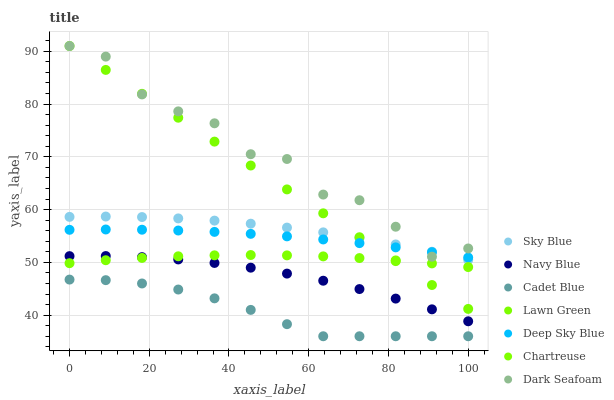
| xaxis_label | Sky Blue | Navy Blue | Cadet Blue | Lawn Green | Deep Sky Blue | Chartreuse | Dark Seafoam |
 | --- | --- | --- | --- | --- | --- | --- | --- |
 | 0 | 58.6 | 51.2 | 46.7 | 91 | 56.2 | 49.8 | 91 |
 | 9.09 | 58.7 | 51.2 | 46.6 | 86.5 | 56.2 | 50.4 | 89 |
 | 18.2 | 58.6 | 51 | 46 | 81.9 | 56.2 | 50.8 | 81.8 |
 | 27.3 | 58.3 | 50.6 | 44.9 | 77.4 | 56 | 51.2 | 78.6 |
 | 36.4 | 57.9 | 49.9 | 43.2 | 72.9 | 55.8 | 51.3 | 76.4 |
 | 45.5 | 57.3 | 49 | 41 | 68.4 | 55.4 | 51.4 | 70.5 |
 | 54.5 | 56.6 | 47.9 | 38.3 | 63.8 | 54.9 | 51.3 | 69.6 |
 | 63.6 | 55.7 | 46.5 | 36 | 59.3 | 54.3 | 51.1 | 62.9 |
 | 72.7 | 54.6 | 44.9 | 36 | 54.8 | 53.6 | 50.8 | 61.8 |
 | 81.8 | 53.4 | 43.1 | 36 | 50.2 | 52.8 | 50.4 | 56.8 |
 | 90.9 | 52 | 41.1 | 36 | 45.7 | 51.9 | 49.8 | 51.1 |
 | 100 | 50.5 | 38.8 | 36 | 41.2 | 50.9 | 49.1 | 52.6 |